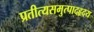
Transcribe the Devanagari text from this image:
प्रतीत्यसमुत्पादहृदय